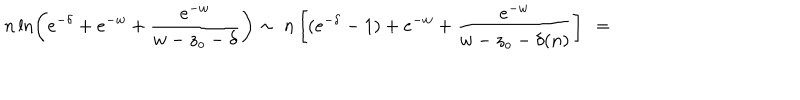
n \ln \left( e ^ { - \delta } + e ^ { - w } + \frac { e ^ { - w } } { w - z _ { o } - \delta } \right) \sim \ n \left[ ( e ^ { - \delta } - 1 ) + e ^ { - w } + \frac { e ^ { - w } } { w - z _ { o } - \delta ( n ) } \right] \ =